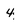
Character: 4